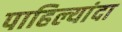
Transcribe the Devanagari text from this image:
पाहिल्यांदा